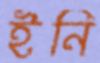
ইনি